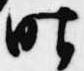
昨